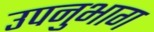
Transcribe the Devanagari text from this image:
उपनुभाग